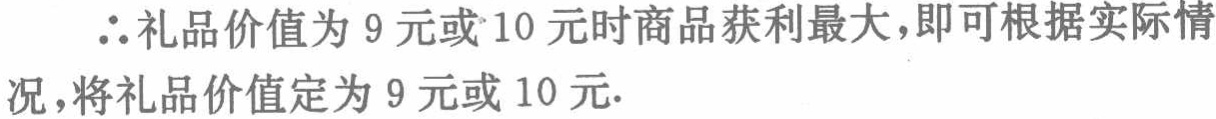
$\therefore$礼品价值为$9$元或$10$元时商品获利最大，即可根据实际情况，将礼品价值定为$9$元或$10$元.